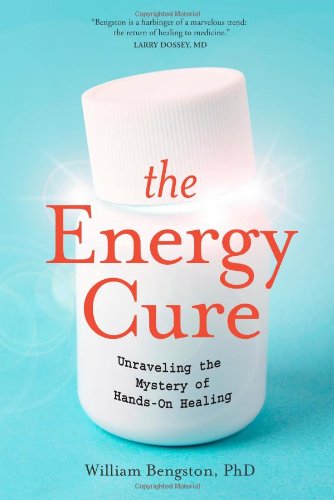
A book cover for The Energy Cure: Unraveling the Mystery of Hands-on Healing; William Bengston; Health, Fitness & Dieting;